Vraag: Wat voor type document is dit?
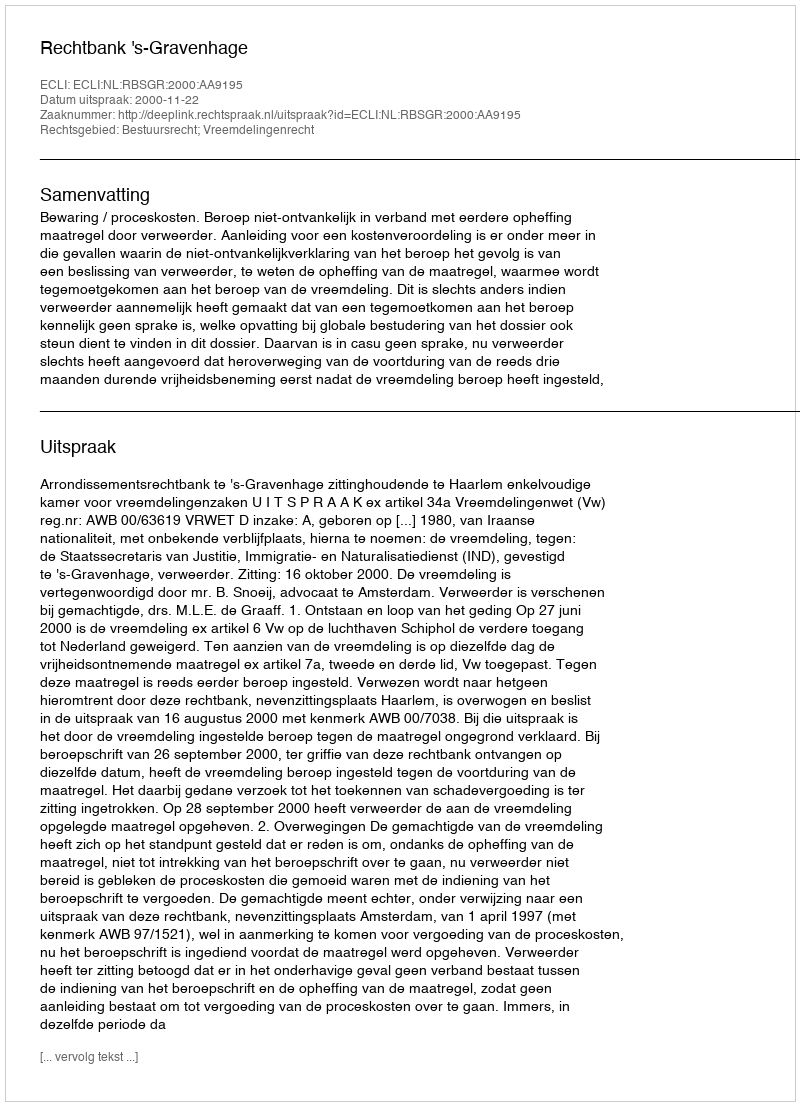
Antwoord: Uitspraak